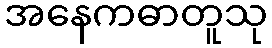
အနေကဓာတူသု